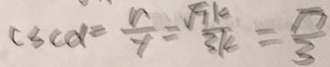
s d = \frac { n } { y } = \frac { \sqrt { 7 } k } { 3 k } = \frac { \pi } { 3 }